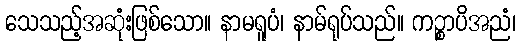
သေသည့်အဆုံးဖြစ်သော။ နာမရူပံ၊ နာမ်ရုပ်သည်။ ကဉ္စာပိအညံ၊